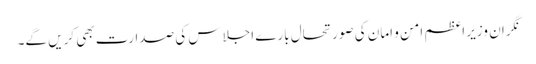
نگران وزیر اعظم امن و امان کی صورتحال بارے اجلاس کی صدارت بھی کریں گے۔